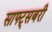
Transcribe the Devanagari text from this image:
साफ्ट्सबरी